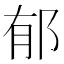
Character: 郁